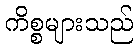
ကိစ္စများသည်